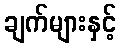
ချက်များနှင့်